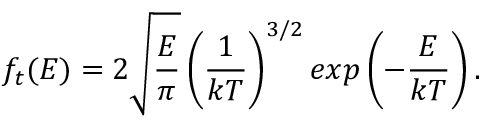
f _ { t } ( E ) = 2 \sqrt { \frac { E } { \pi } } \left( \frac { 1 } { k T } \right) ^ { 3 / 2 } e x p \left( - \frac { E } { k T } \right) .